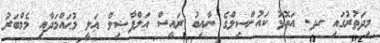
މިދަތުރުގައި ހދ. އަތޮޅު ކައުންސިލްގެ ނާއިބު ރައީސް އަލްފާޟިލް ޢަލީ މުޙައްމަދާއި މެމްބަރު